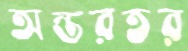
অন্তরতর